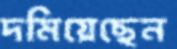
দমিয়েছেন